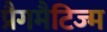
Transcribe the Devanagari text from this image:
प्रैगमैटिज्म